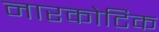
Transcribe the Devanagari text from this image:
नारकोटिक